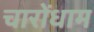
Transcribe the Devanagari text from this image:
चारोंधाम